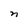
Character: n